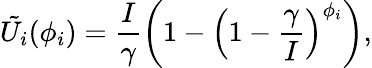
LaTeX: \tilde{U_{i}}(\phi_{i})=\frac{I}{\gamma}\left(1-\left(1-\frac{\gamma}{I}\right)^{\phi_{i}}\right),